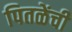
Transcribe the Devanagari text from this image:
पितळेंची